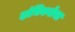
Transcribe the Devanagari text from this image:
दांभिकतेचा